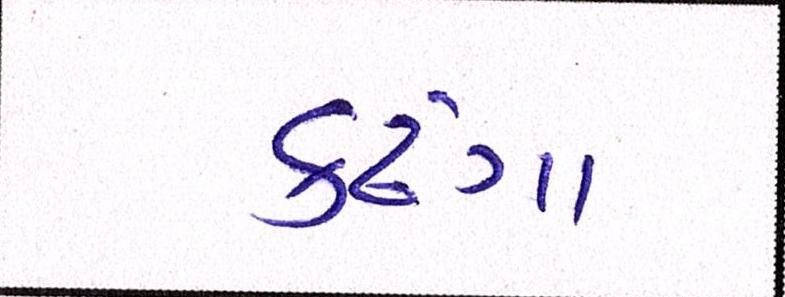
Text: કઢંગા